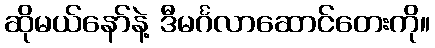
ဆိုမယ်နော်နဲ့ ဒီမင်္ဂလာဆောင်တေးကို။